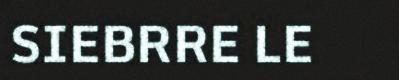
SIEBRRE LE